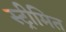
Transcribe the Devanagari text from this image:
स्ट्रीमित